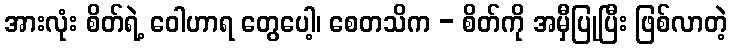
အားလုံး စိတ်ရဲ့ ဝေါဟာရ တွေပေါ့၊ စေတသိက - စိတ်ကို အမှီပြုပြီး ဖြစ်လာတဲ့